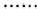
······